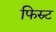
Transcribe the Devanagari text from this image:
फिस्र्ट